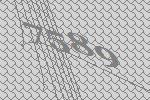
7589